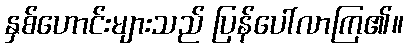
နှစ်ဟောင်းများသည် ပြန်ပေါ်လာကြ၏။